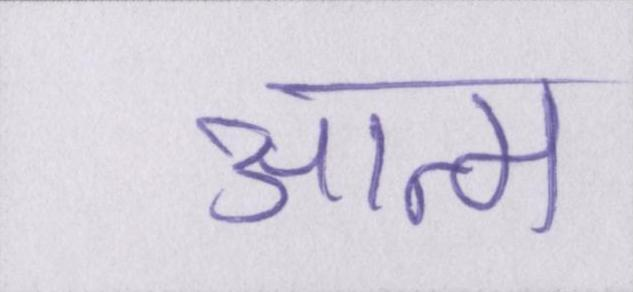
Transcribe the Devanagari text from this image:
आत्म